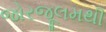
જોરજૂલમથી